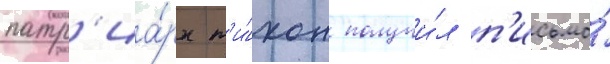
патр'иа́рх т'и́хон получи́л п'исьмо́